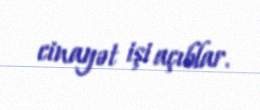
cinayət işi açıblar.